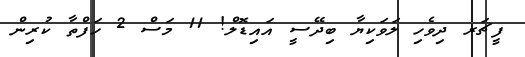
ފީޗަރ ދިވެހި ލަވަކިޔާ ބިދޭސީ އައިޑޮލް! 11 މަސް 2 ހަފްތާ ކުރިން